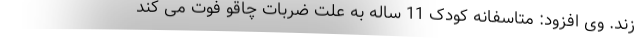
زند. وی افزود: متاسفانه کودک 11 ساله به علت ضربات چاقو فوت می کند